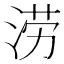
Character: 涝